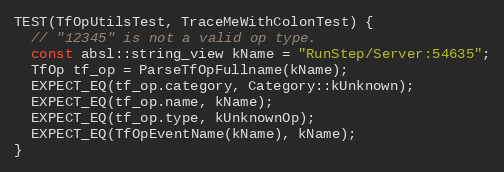
Language: C++
TEST(TfOpUtilsTest, TraceMeWithColonTest) {
  // "12345" is not a valid op type.
  const absl::string_view kName = "RunStep/Server:54635";
  TfOp tf_op = ParseTfOpFullname(kName);
  EXPECT_EQ(tf_op.category, Category::kUnknown);
  EXPECT_EQ(tf_op.name, kName);
  EXPECT_EQ(tf_op.type, kUnknownOp);
  EXPECT_EQ(TfOpEventName(kName), kName);
}